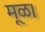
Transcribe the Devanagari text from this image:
मूळ।